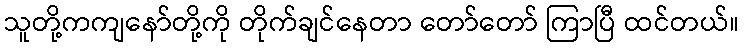
သူတို့ကကျနော်တို့ကို တိုက်ချင်နေတာ တော်တော် ကြာပြီ ထင်တယ်။